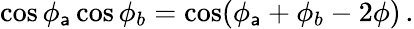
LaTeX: \cos\phi_{\mathsf{a}}\cos\phi_{b}=\cos(\phi_{\mathsf{a}}+\phi_{b}-2\phi)\, .